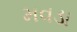
મવડા